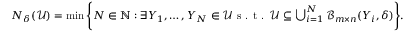
\begin{array} { r } { N _ { \delta } ( \mathcal { U } ) = \operatorname* { m i n } \Bigg \{ N \in \mathbb N : \exists { \boldsymbol { Y } } _ { 1 } , \dots , { \boldsymbol { Y } } _ { N } \in \mathcal { U } \textrm { s . t . } \mathcal { U } \subseteq \bigcup _ { i = 1 } ^ { N } \mathcal { B } _ { m \times n } ( { \boldsymbol { Y } } _ { i } , \delta ) \Bigg \} . } \end{array}